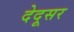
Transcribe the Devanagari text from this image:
देदूसर